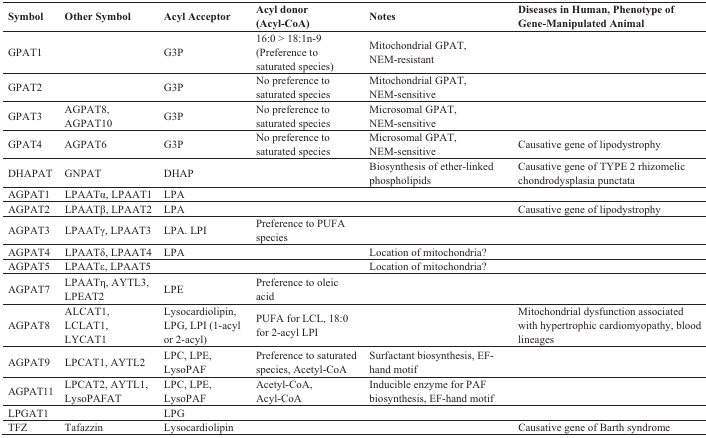
<table><thead><tr><td><b>Symbol</b></td><td><b>Other Symbol</b></td><td><b>Acyl Acceptor</b></td><td><b>Acyl donor (Acyl-CoA)</b></td><td><b>Notes</b></td><td><b>Diseases in Human, Phenotype of Gene-Manipulated Animal</b></td></tr></thead><tbody><tr><td>GPAT1</td><td></td><td>G3P</td><td>16:0 &gt; 18:1n-9 (Preference to saturated species)</td><td>Mitochondrial GPAT, NEM-resistant</td><td></td></tr><tr><td>GPAT2</td><td></td><td>G3P</td><td>No preference to saturated species</td><td>Mitochondrial GPAT, NEM-sensitive</td><td></td></tr><tr><td>GPAT3</td><td>AGPAT8, AGPAT10</td><td>G3P</td><td>No preference to saturated species</td><td>Microsomal GPAT, NEM-sensitive</td><td></td></tr><tr><td>GPAT4</td><td>AGPAT6</td><td>G3P</td><td>No preference to saturated species</td><td>Microsomal GPAT, NEM-sensitive</td><td>Causative gene of lipodystrophy</td></tr><tr><td>DHAPAT</td><td>GNPAT</td><td>DHAP</td><td></td><td>Biosynthesis of ether-linked phospholipids</td><td>Causative gene of TYPE 2 rhizomelic chondrodysplasia punctata</td></tr><tr><td>AGPAT1</td><td>LPAATα, LPAAT1</td><td>LPA</td><td></td><td></td><td></td></tr><tr><td>AGPAT2</td><td>LPAATβ, LPAAT2</td><td>LPA</td><td></td><td></td><td>Causative gene of lipodystrophy</td></tr><tr><td>AGPAT3</td><td>LPAATγ, LPAAT3</td><td>LPA. LPI</td><td>Preference to PUFA species</td><td></td><td></td></tr><tr><td>AGPAT4</td><td>LPAATδ, LPAAT4</td><td>LPA</td><td></td><td>Location of mitochondria?</td><td></td></tr><tr><td>AGPAT5</td><td>LPAATε, LPAAT5</td><td></td><td></td><td>Location of mitochondria?</td><td></td></tr><tr><td>AGPAT7</td><td>LPAATη, AYTL3, LPEAT2</td><td>LPE</td><td>Preference to oleic acid</td><td></td><td></td></tr><tr><td>AGPAT8</td><td>ALCAT1, LCLAT1, LYCAT1</td><td>Lysocardiolipin, LPG, LPI (1-acyl or 2-acyl)</td><td>PUFA for LCL, 18:0 for 2-acyl LPI</td><td></td><td>Mitochondrial dysfunction associated with hypertrophic cardiomyopathy, blood lineages</td></tr><tr><td>AGPAT9</td><td>LPCAT1, AYTL2</td><td>LPC, LPE, LysoPAF</td><td>Preference to saturated species, Acetyl-CoA</td><td>Surfactant biosynthesis, EF-hand motif</td><td></td></tr><tr><td>AGPAT11</td><td>LPCAT2, AYTL1, LysoPAFAT</td><td>LPC, LPE, LysoPAF</td><td>Acetyl-CoA, Acyl-CoA</td><td>Inducible enzyme for PAF biosynthesis, EF-hand motif</td><td></td></tr><tr><td>LPGAT1</td><td></td><td>LPG</td><td></td><td></td><td></td></tr><tr><td>TFZ</td><td>Tafazzin</td><td>Lysocardiolipin</td><td></td><td></td><td>Causative gene of Barth syndrome</td></tr></tbody></table>